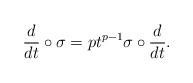
LaTeX: \begin{align*}\frac{d}{dt} \circ \sigma = pt^{p-1} \sigma \circ \frac{d}{dt}.\end{align*}